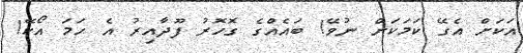
އަކަށް އެގޭ ކަމަކަށް ނުވޭ! ބައެއްގެ ގޮހޮރު ފޫދާއިރު އެ ހަމަ އޯކޭ!